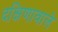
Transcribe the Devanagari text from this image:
दक्षिणावाले